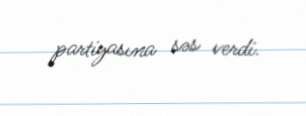
partiyasına səs verdi.